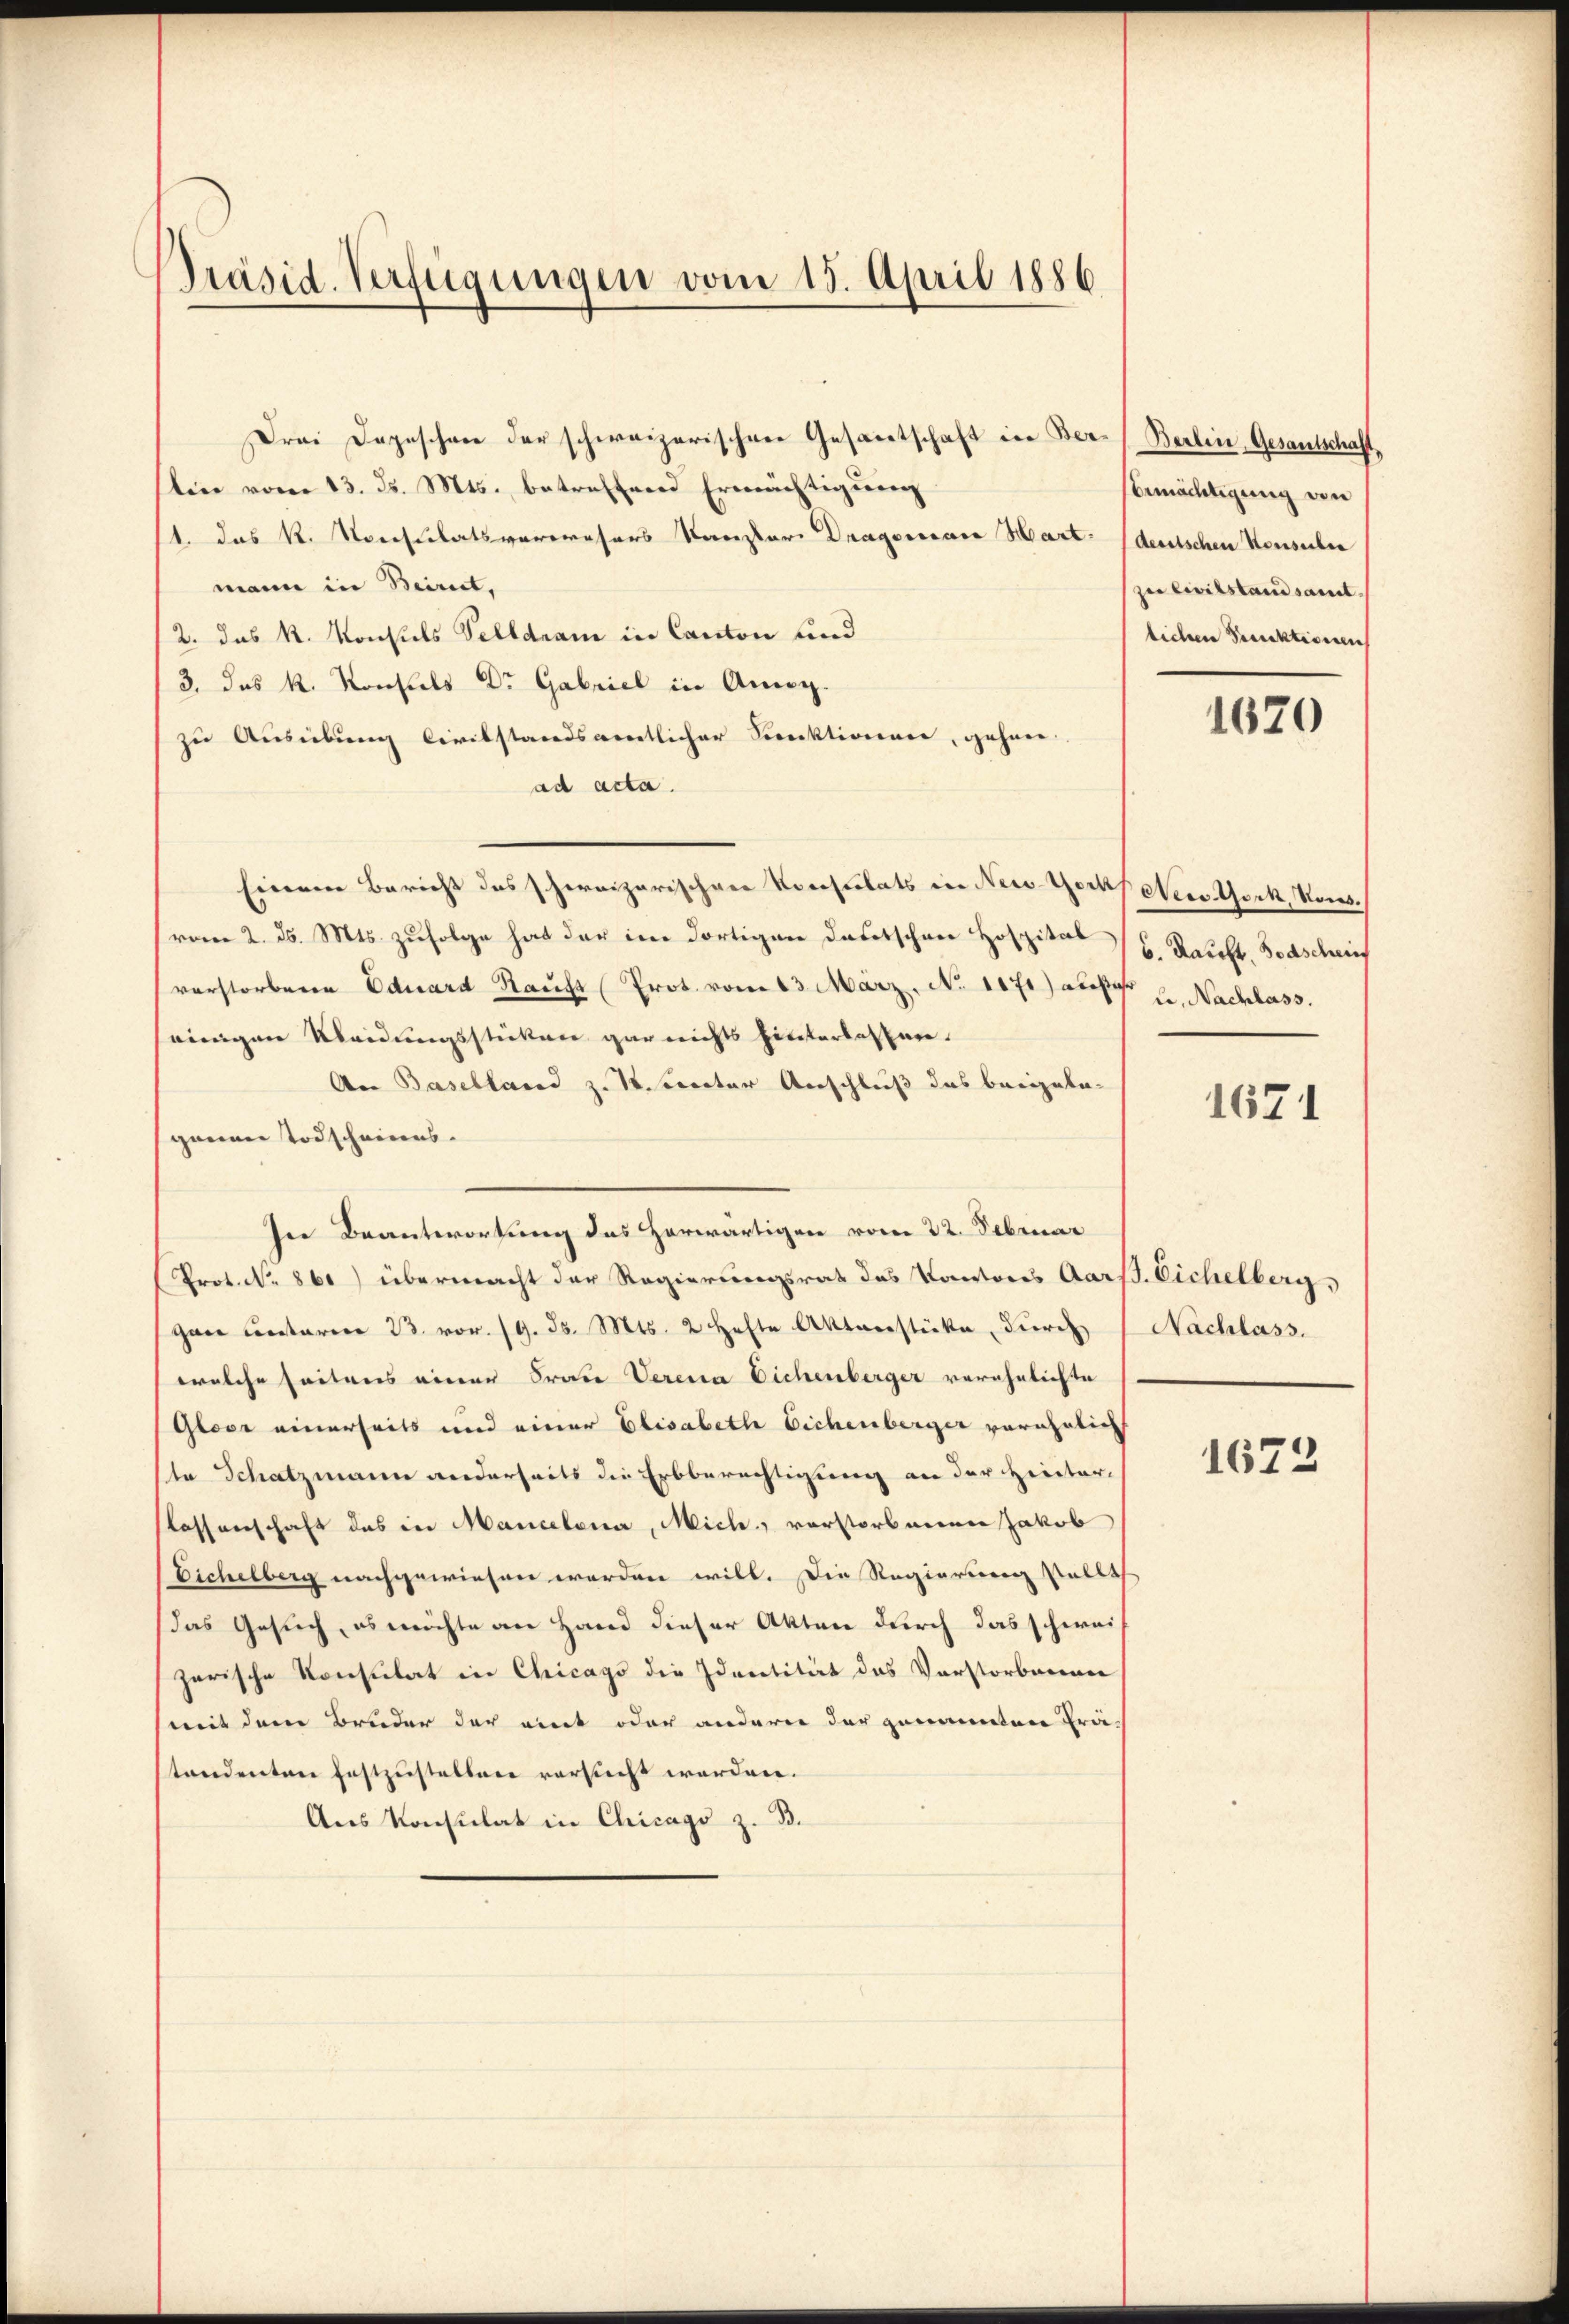
Präsid. Verfügungen vom 15. April 1886

Drei Depeschen der schweizerischen Gesamtschaft in Berslin vom 13. d. Mts. betreffend Ermächtigung
1. das R. Konsulatsveroresers Karestor Dragorare Mart. deutschen Konsulen
mann in Beirut,
2. das k. Konsuls Telldram in Canton und
3., das k. Konsuls Dr. Gabriel in Anny.
zu Ausübung Civilstandsamentlicher Sorrektionare, gehen
ad acta.
Einem Bericht das schweizerischeer Konsulats in New-Yorkfelers Hork, Komvom 2. d. Mts. zufolge hat der im dortigen daritschen Hospital
verstorberen Eduard Raufs Prot. vom 13. März, No 1171) außer
einigen Kleidungsstücken gar nichts hinterlassen.
An Baselland z. B. inter Anschluß das beigelaganan Todscheines.
ser Beantwortung des Horwärtigen vom 22. Februar
Prot. No. 861) übermacht der Regierungsrat des Kantons Aars. Eichelberg,
gan unterner 23. vor. 19. ds. Mts. 2 Hefte Aktverstücke, durch
welche seitens einer Frau Verena Eichenberger verehelichte
Glove einerseits und einer Elisabeth Eichenberger verähnlich
ta Schatzmann anderseits die Erbberechtigung an der Hinter¬
Kassenschaft des in Mancelona, Mich., verstorbenen Jakob
Eichelberg nachgewiesen worden will. Die Regierung stellt
das Gesuch, es möchte an Hand dieser Akten durch das schweizarische Konsulat in Chicago die Identität das Vorstorbenen
mit dem Bruder der mit oder anderer der genannten Prä-
standenten festzustellen versucht worden.
Ans Konsulat in Chicago z. B.

Berlin, Gesantschaft.
sbemächtigung von
ze Civilstandsamt.
lichen Perrektionen

1670

6. Kauft, Todschrif
le, Nachlass.

1671

Nachlass.

1672